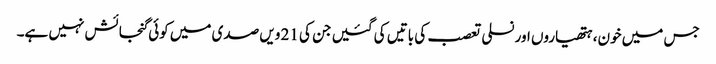
جس میں خون، ہتھیاروں اور نسلی تعصب کی باتیں کی گئیں جن کی 21 ویں صدی میں کوئی گنجائش نہیں ہے۔